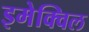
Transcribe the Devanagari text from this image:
इमेक्विल